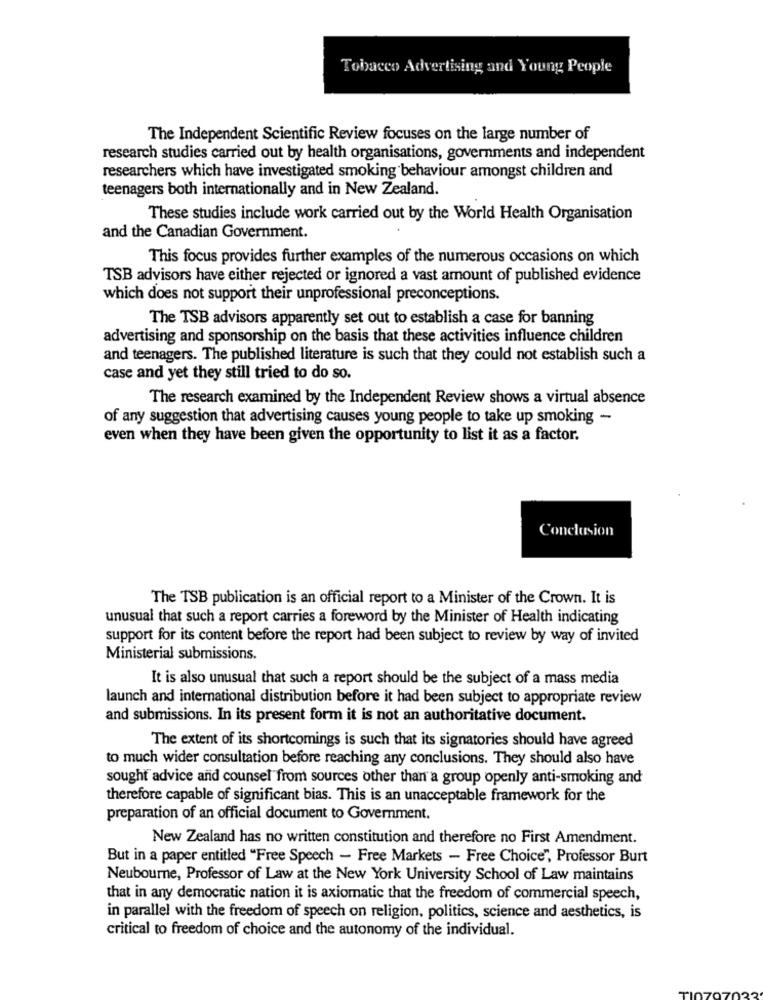
Tobacco Advertising and Young People
The Independent Scientific Review focuses on the large number of
research studies carried out by health organisations, governments and independent
researchers which have investigated smoking behaviour amongst children and
teenagers both internationally and in New Zealand.
These studies include work carried out by the World Health Organisation
and the Canadian Government.
This focus provides further examples of the numerous occasions on which
TSB advisors have either rejected or ignored a vast amount of published evidence
which does not support their unprofessional preconceptions.
The TSB advisors apparently set out to establish a case for banning
advertising and sponsorship on the basis that these activities influence children
and teenagers. The published literature is such that they could not establish such a
case and yet they still tried to do so.
The research examined by the Independent Review shows a virtual absence
of any suggestion that advertising causes young people to take up smoking -
even when they have been given the opportunity to list it as a factor.
Conclusion
The TSB publication is an official report to a Minister of the Crown. It is
unusual that such a report carries a foreword by the Minister of Health indicating
support for its content before the report had been subject to review by way of invited
Ministerial submissions.
It is also unusual that such a report should be the subject of a mass media
launch and international distribution before it had been subject to appropriate review
and submissions. In its present form it is not an authoritative document.
The extent of its shortcomings is such that its signatories should have agreed
to much wider consultation before reaching any conclusions. They should also have
sought advice and counsel from sources other than a group openly anti-smoking and
therefore capable of significant bias. This is an unacceptable framework for the
preparation of an official document to Government.
New Zealand has no written constitution and therefore no First Amendment.
But in a paper entitled "Free Speech - Free Markets - Free Choice", Professor Burt
Neubourne, Professor of Law at the New York University School of Law maintains
that in any democratic nation it is axiomatic that the freedom of commercial speech,
in parallel with the freedom of speech on religion, politics, science and aesthetics, is
critical to freedom of choice and the autonomy of the individual.